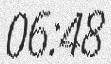
06:48